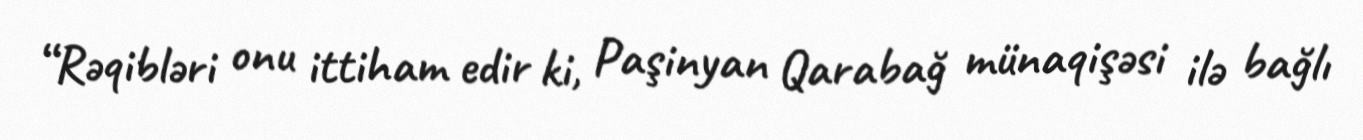
“Rəqibləri onu ittiham edir ki, Paşinyan Qarabağ münaqişəsi ilə bağlı